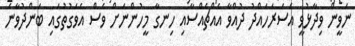
ނަވީން ވިދާޅުވީ އެސަރަހައްދު ދުއްވާ އެއްޗެއްސާއި ހިނގާ މީހުންނަށް ވެސް އެވަގުތުގައި ބަންދުވާނެ